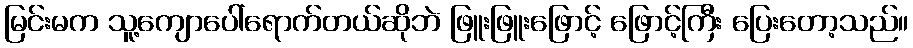
မြင်းမက သူ့ကျောပေါ်ရောက်တယ်ဆိုဘဲ ဖြူးဖြူးဖြောင့် ဖြောင့်ကြီး ပြေးတော့သည်။